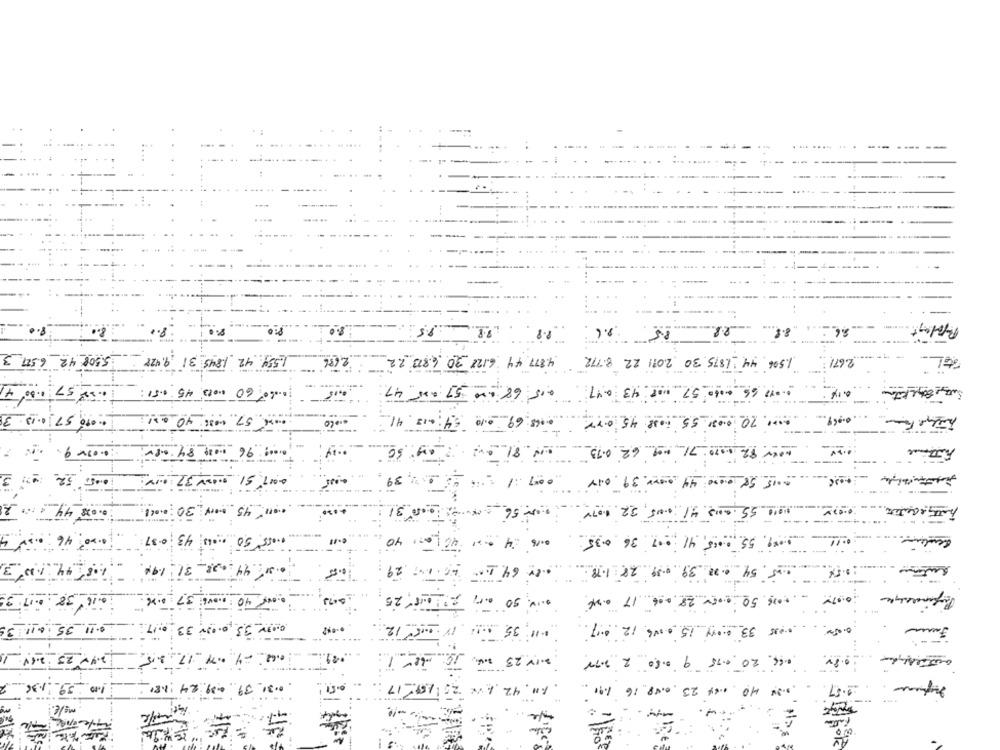
8.6
0.8
8.8
5.508: 42 6.527 3
1.506 44 1875 30 2011 22 8. 772
2.671
In' 18 shot Zh bist
22.08. 05 2219 ht Lish
47.
LAO En 20 -25
5510 25 0100
3h
12048 680 96 6000
58 0.000
AÑO LE AMATE 15
Li00
68
:30: 0.001
0016
8.0:54
04
.29
0 144 23. 0.48. 16